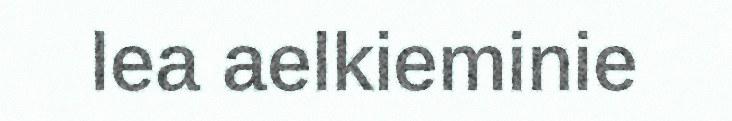
lea aelkieminie